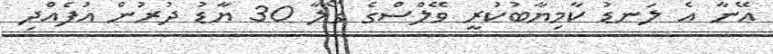
އޭނާ އެ ލަނޑު ކާމިޔާބުކުރީ ވޭލްސްގެ ގޯލާ 30 ޔާޑު ދުރުން އުފެއްދި